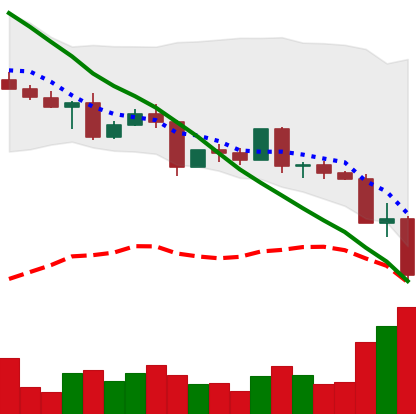
Ticker: EOS-USD
Chart end date: 2022-05-11
Forward return: -5.834%
Label: down_5_7